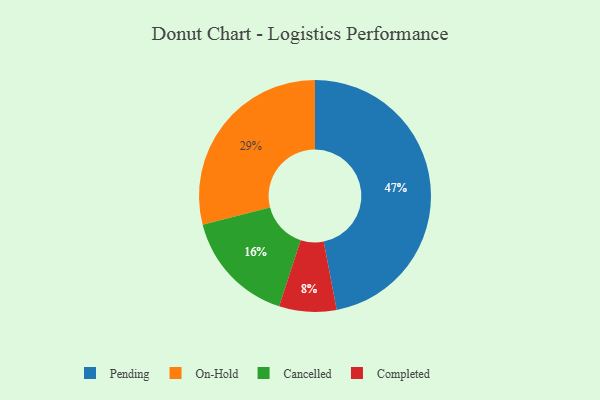
{"axis": {"x": "Category", "y": "Percentage"}, "legend": ["Cancelled", "Completed", "On-Hold", "Pending"], "data": [{"x": "Cancelled", "y": 16, "type": "Cancelled"}, {"x": "Completed", "y": 8, "type": "Completed"}, {"x": "Pending", "y": 47, "type": "Pending"}, {"x": "On-Hold", "y": 29, "type": "On-Hold"}]}